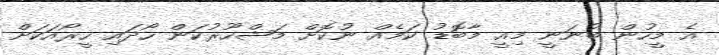
އެ މީހުން ބުނަނީ މިއީ މާބޮޑު ކަމެއް ނުކޮށް މަޝްހޫރުކަން ހޯދައި ހީރޯއަކަށް